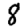
Digit: 8